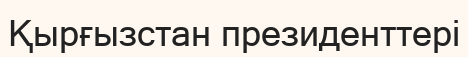
Қырғызстан президенттері